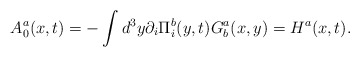
\begin{align*}A^a_0(x,t)=-\int d^3y \partial _i\Pi ^b_i(y,t)G^a_b(x,y)=H^a(x,t).\end{align*}